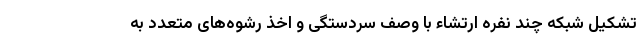
تشکیل شبکه چند نفره ارتشاء با وصف سردستگی و اخذ رشوه‌های متعدد به